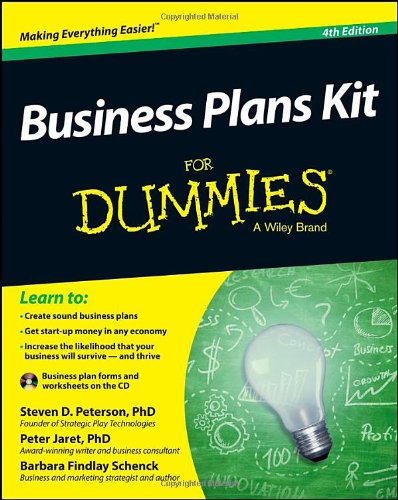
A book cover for Business Plans Kit For Dummies; Steven D. Peterson; Business & Money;